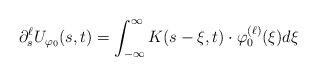
\begin{align*}\partial_s^\ell U_{\varphi_0}(s,t)=\int_{-\infty}^{\infty}K(s-\xi,t)\cdot \varphi_0^{(\ell)}(\xi)d\xi \end{align*}